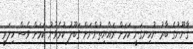
ޤާނޫނުގެ ބާރު ނުހިނގަނީ ކަމަށް ރައްޔިތުންނަށް ގަބޫލު ކުރެވުނު ކަމަށް ވެސް ހިލަރީ